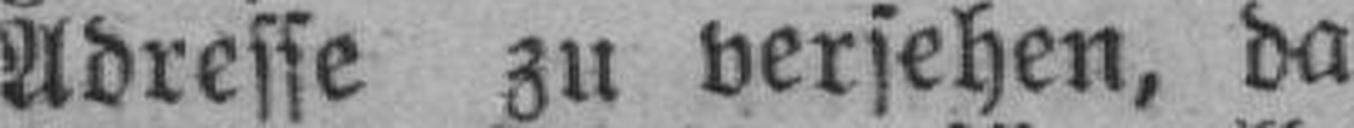
Adresse zu versehen, da